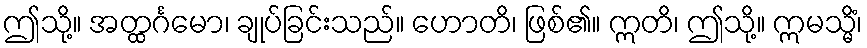
ဤသို့။ အတ္ထင်္ဂမော၊ ချုပ်ခြင်းသည်။ ဟောတိ၊ ဖြစ်၏။ ဣတိ၊ ဤသို့။ ဣမသ္မိံ၊